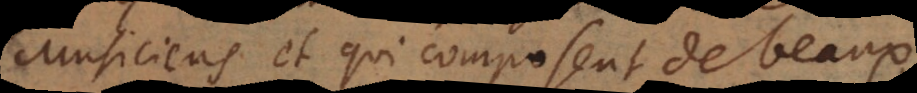
usiciens et qui composent de beaux